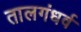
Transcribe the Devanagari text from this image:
तालगंधर्व